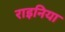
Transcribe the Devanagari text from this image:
राइनिया